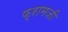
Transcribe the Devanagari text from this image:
फ़्रामजी